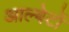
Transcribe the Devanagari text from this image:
आल्बेर्टो